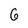
Character: 6